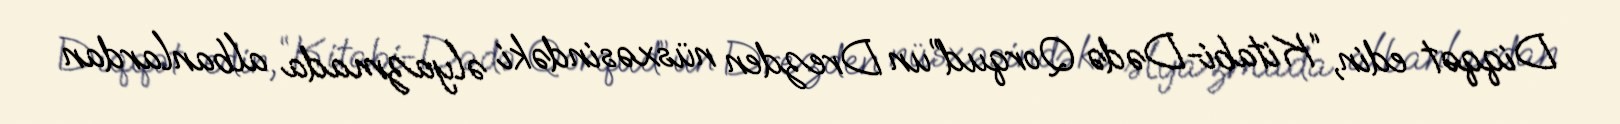
Diqqət edin, “Kitabi-Dədə Qorqud”un Drezden nüsxəsindəki əlyazmada albanlardan